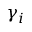
\gamma _ { i }